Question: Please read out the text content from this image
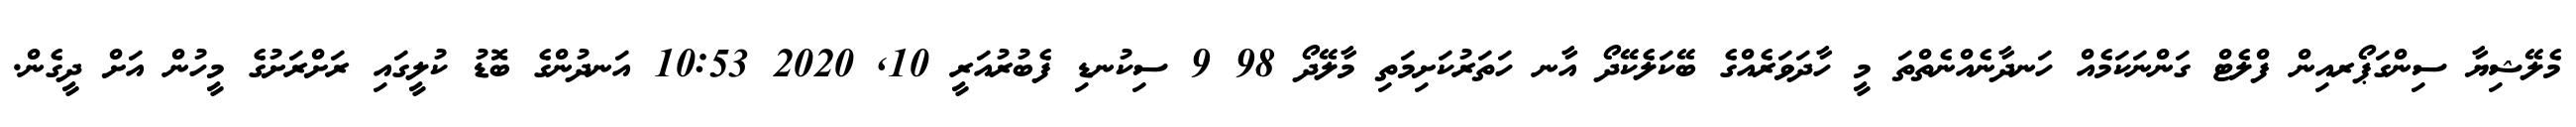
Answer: މެލޭޝިޔާ ސިންގަޕޯރއިން ފްލެޓް ގަންނަކަމެއް ހަނދާނެއްނެތްތަ މީ ހާދަވަރެއްގެ ބޭކަލެކޭދޯ އާނ ހަތަރުކަށިމަތި މާލޭދޯ 98 9 ސިކުނޑި ފެބުރުއަރީ 10, 2020 10:53 އަނދުންގެ ބޮޑު ކުލީގައި ރަށްރަށުގެ މީހުން އަށް ދީގެން.